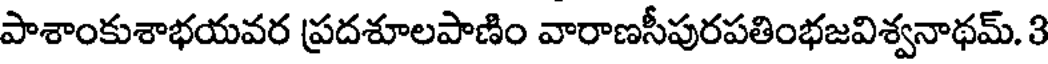
పాశాంకుశాభయవర ప్రదశూలపాణిం వారాణసీపురపతింభజవిశ్వనాథమ్. 3